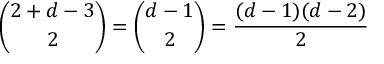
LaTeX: { \binom { 2 + d - 3 } { 2 } } = { \binom { d - 1 } { 2 } } = { \frac { ( d - 1 ) ( d - 2 ) } { 2 } }